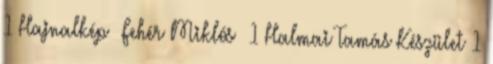
1 Hajnalkép Fehér Miklós 1 Halmai Tamás Készület 1